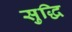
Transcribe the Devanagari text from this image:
सुद्धि